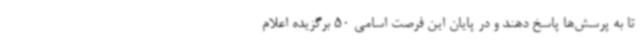
تا به پرسش‌ها پاسخ دهند و در پایان این فرصت اسامی 50 برگزیده اعلام